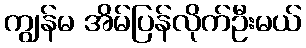
ကျွန်မ အိမ်ပြန်လိုက်ဦးမယ်